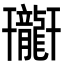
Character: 𪚟